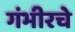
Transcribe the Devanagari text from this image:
गंभीरचे